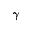
\gamma